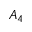
A _ { 4 }